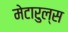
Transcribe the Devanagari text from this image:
मेटारुल्स